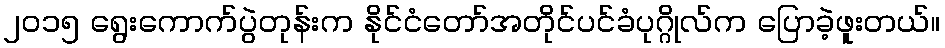
၂၀၁၅ ရွေးကောက်ပွဲတုန်းက နိုင်ငံတော်အတိုင်ပင်ခံပုဂ္ဂိုလ်က ပြောခဲ့ဖူးတယ်။